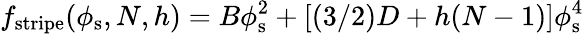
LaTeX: f_{\mathrm{stripe}}(\phi_{\mathrm{s}},N,h)=B\phi_{\mathrm{s}}^{2}+[(3/2)D+h(N-1)]\phi_{\mathrm{s}}^{4}